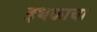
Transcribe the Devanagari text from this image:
इथकाचा